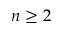
n \ge 2